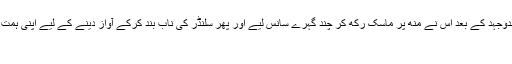
اس سخت جدوجہد کے بعد اس نے مُنھ پر ماسک رکھ کر چند گہرے سانس لیے اور پھر سلنڈر کی ناب بند کرکے آواز دینے کے لیے اپنی ہمت مجتمع کی:
’’چھوٹی!